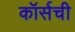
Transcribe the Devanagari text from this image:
कॉर्सची